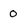
Character: 0